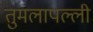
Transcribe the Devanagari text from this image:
तुमलापल्ली